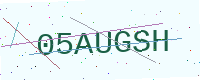
Text: 05AUGSH